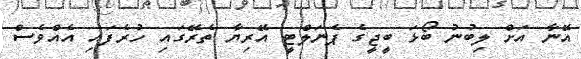
އޭނާ އަށް ލިބުނު ބޯޅަ ބީޖީގެ ޕެނަލްޓީ އޭރިޔާ ތެރޭގައި ހުރެފައި އެއްވެސް